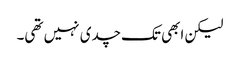
لیکن ابھی تک چدی نہیں تھی۔